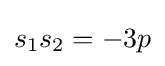
s_{1}s_{2}=-3p